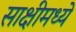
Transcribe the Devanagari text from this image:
साक्षीमध्ये